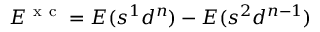
E ^ { \mathrm { ~ x ~ c ~ } } = E ( s ^ { 1 } d ^ { n } ) - E ( s ^ { 2 } d ^ { n - 1 } )